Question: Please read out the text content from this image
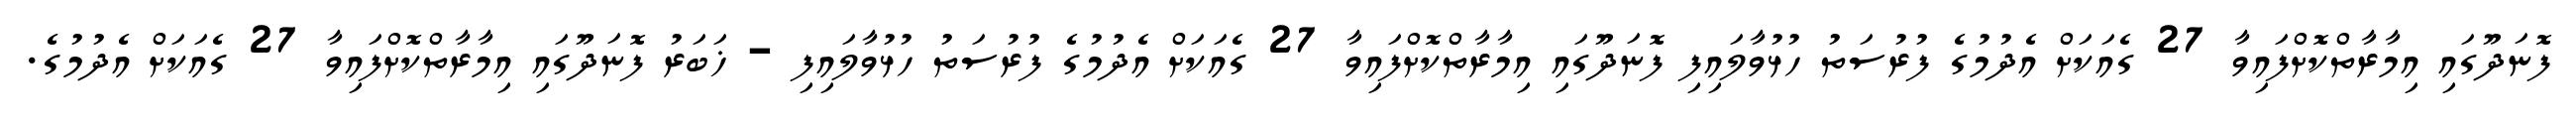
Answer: ފޮނަދޫގައި އިމާރާތްކޮށްފައިވާ 27 ގެއަކަށް އެދުމުގެ ފުރުސަތު ހުޅުވާލައިފި ފޮނަދޫގައި އިމާރާތްކޮށްފައިވާ 27 ގެއަކަށް އެދުމުގެ ފުރުސަތު ހުޅުވާލައިފި - ޚަބަރު ފޮނަދޫގައި އިމާރާތްކޮށްފައިވާ 27 ގެއަކަށް އެދުމުގެ.